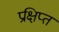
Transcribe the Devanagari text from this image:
प्रक्षिप्‍त